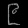
Digit: ၉